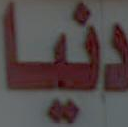
دنيا